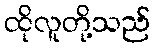
ထိုလူတို့သည်